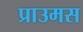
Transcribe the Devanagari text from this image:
प्राउमस